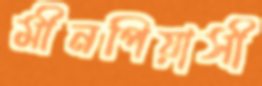
মীনপিয়াসী